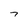
Character: 7